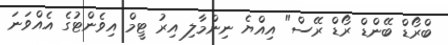
ބްރޯޑް ބޭންޑް ރޯޑް ރޭސް" އިއްޔެ ނިންމާލި އިރު ޓީމް އިވެންޓުގެ އެއްވަނަ